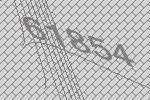
61854